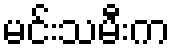
မင်းသမီးက